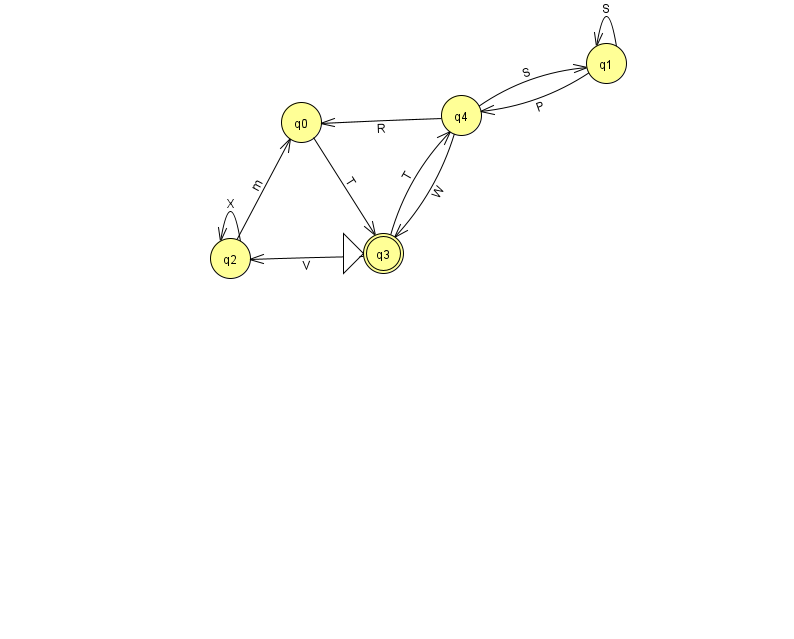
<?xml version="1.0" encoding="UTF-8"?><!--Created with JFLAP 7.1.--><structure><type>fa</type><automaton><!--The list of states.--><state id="0" name="q0"><x>301.0</x><y>109.0</y></state><state id="1" name="q1"><x>606.0</x><y>50.0</y></state><state id="2" name="q2"><x>230.0</x><y>245.0</y></state><state id="3" name="q3"><x>383.0</x><y>240.0</y><initial/><final/></state><state id="4" name="q4"><x>461.0</x><y>102.0</y></state><!--The list of transitions.--><transition><from>4</from><to>3</to><read>W</read></transition><transition><from>1</from><to>1</to><read>S</read></transition><transition><from>3</from><to>4</to><read>T</read></transition><transition><from>1</from><to>4</to><read>P</read></transition><transition><from>2</from><to>0</to><read>m</read></transition><transition><from>4</from><to>0</to><read>R</read></transition><transition><from>0</from><to>3</to><read>T</read></transition><transition><from>4</from><to>1</to><read>S</read></transition><transition><from>2</from><to>2</to><read>X</read></transition><transition><from>3</from><to>2</to><read>V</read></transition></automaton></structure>